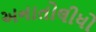
અનાતોલીધો